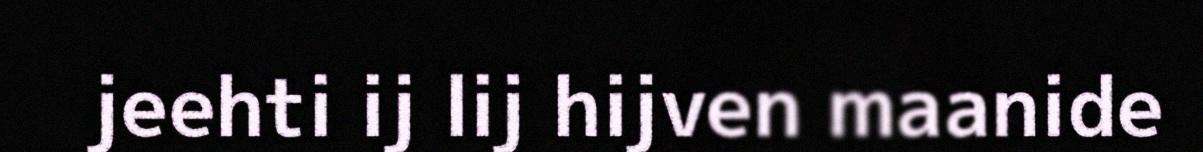
jeehti ij lij hijven maanide